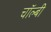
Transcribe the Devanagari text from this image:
चॉल्बी